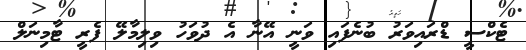
ޓެކްސީ ޑްރައިވަރު ބުނެފައި ވަނީ އޭނާ އެ ދުވަހު ވިލިމާލޭ ފެރީ ޓާމިނަލް